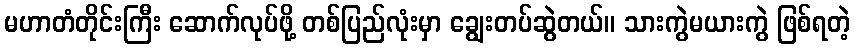
မဟာတံတိုင်းကြီး ဆောက်လုပ်ဖို့ တစ်ပြည်လုံးမှာ ချွေးတပ်ဆွဲတယ်။ သားကွဲမယားကွဲ ဖြစ်ရတဲ့